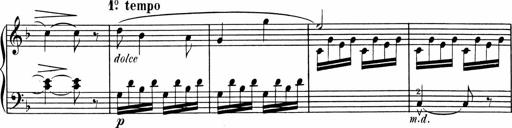
Title: 1Ã¨re Sonatine
Composer: FrÃ©dÃ©ric Binet